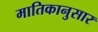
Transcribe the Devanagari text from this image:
मातिकानुसार